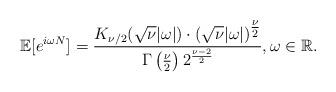
LaTeX: \begin{align*} \mathbb{E}[e^{i\omega N}] = \frac{K_{\nu/2}(\sqrt{\nu}|\omega|) \cdot(\sqrt{\nu}|\omega|)^{\tfrac{\nu}{2}}}{\Gamma\left(\frac{\nu}{2}\right) 2^{\frac{\nu-2}{2}}} , \omega \in \mathbb{R}.\end{align*}